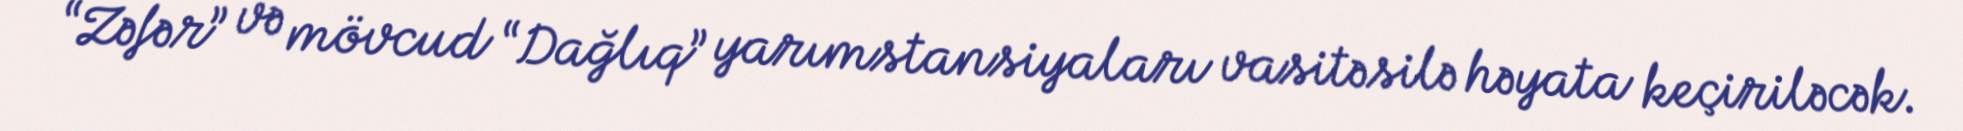
“Zəfər” və mövcud “Dağlıq” yarımstansiyaları vasitəsilə həyata keçiriləcək.